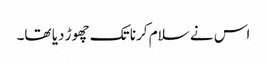
اس نے سلام کرنا تک چھوڑ دیا تھا۔